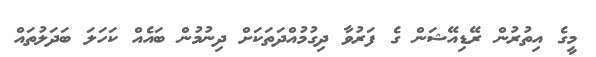
މީގެ އިތުރުން ރޭޑިއޭޝަން ގެ ފަރުވާ ދިގުމުއްދަތަކަށް ދިނުމުން ބައެއް ކަހަލަ ބަދަލުތައް